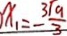
x _ { 1 } = \frac { 3 \sqrt { 9 } } { 3 }